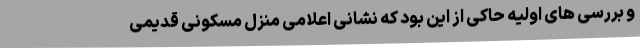
و بررسی های اولیه حاکی از این بود که نشانی اعلامی منزل مسکونی قدیمی